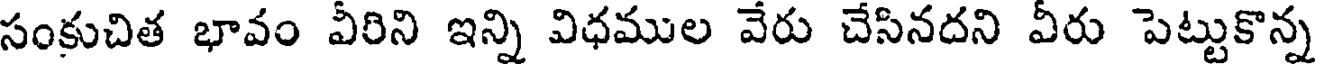
సంకుచిత భావం వీరిని ఇన్ని విధముల వేరు చేసినదని వీరు పెట్టుకొన్న